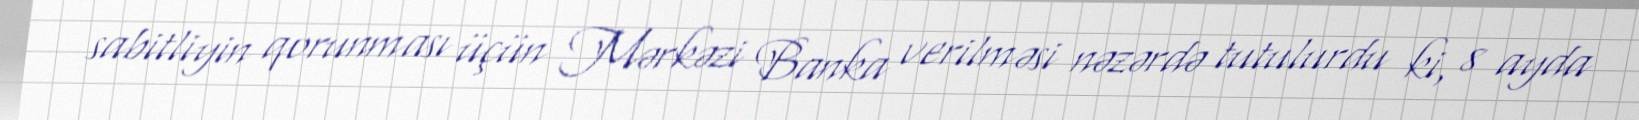
sabitliyin qorunması üçün Mərkəzi Banka verilməsi nəzərdə tutulurdu ki, 8 ayda